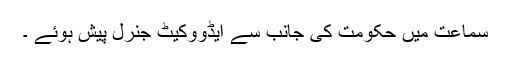
سماعت میں حکومت کی جانب سے ایڈووکیٹ جنرل پیش ہوئے ۔